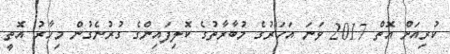
ކުރިއަށް އޮތް 2017 ވަނަ އަހަރުގެ މުބާރާތުގެ ކޮލިފައިންގެ ގުރުނެގުން މިހާރު އޮތީ